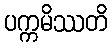
ပက္ကမိဿတိ